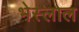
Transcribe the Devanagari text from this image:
भेस्‍लाल